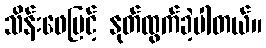
သိန်းဖေမြင့် နုတ်ထွက်ခဲ့ပါတယ်။